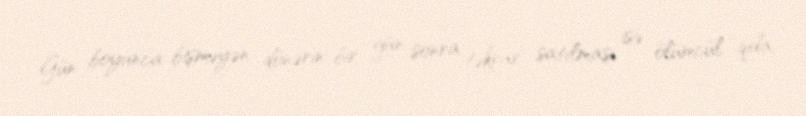
Gün boyunca bişməyən dönərin bir gün sonra təkrar satılması isə ölümcül qida